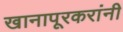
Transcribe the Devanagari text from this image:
खानापूरकरांनी